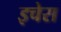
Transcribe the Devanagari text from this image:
इचेस